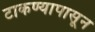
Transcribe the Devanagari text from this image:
टाकण्यापासून